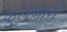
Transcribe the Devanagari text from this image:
झुलणारी